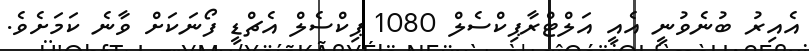
އެއިރު ބުނެވުނީ އެއީ އަލްޓްރާޕިކްސެލްް 1080 ޕިކްސެލް އެޗްޑީ ފޯނަކަށް ވާނެ ކަމަށެވެ.